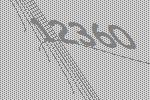
12360